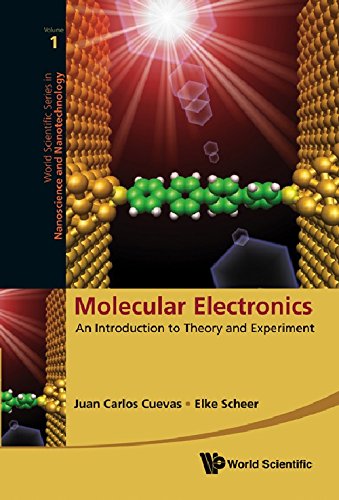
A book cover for Molecular Electronics: An Introduction to Theory and Experiment (Nanotechnology and Nanoscience) (World Scientific Series in Nanoscience and Nanotechnology); Juan Carlos Cuevas; Science & Math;